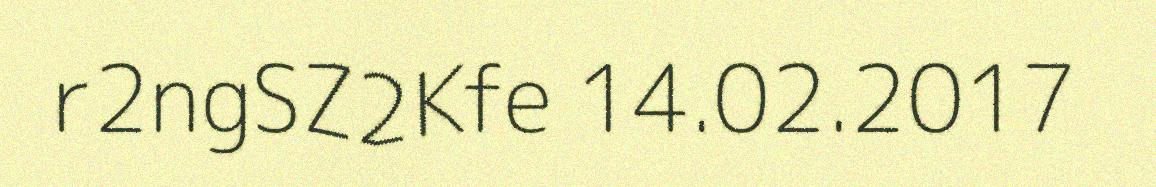
r2ngSZ2Kfe 14.02.2017